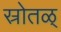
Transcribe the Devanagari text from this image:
स्रोतळ्